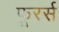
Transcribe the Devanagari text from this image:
फूरर्स